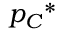
{ p _ { C } } ^ { * }